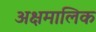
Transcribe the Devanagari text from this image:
अक्षमालिक